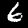
Digit: 6